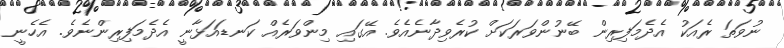
ނުވަތަ ރެއަކު އެދެމަފިރިން ބޭނުންވަރަކަށް ކުރެވިދާނެއެވެ. އޭގައި މިންވަރެއް ކަނޑައަޅާނީ އެދެމަފިރިންނެވެ. އެހެނީ